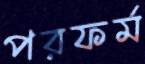
পরফর্ম